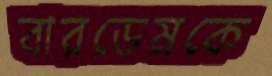
বারডেমকে